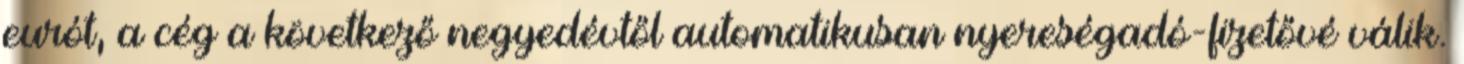
eurót, a cég a következő negyedévtől automatikusan nyereségadó-fizetővé válik.